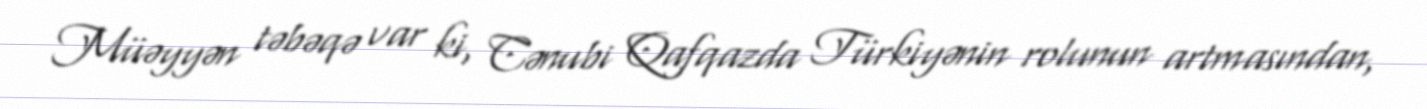
Müəyyən təbəqə var ki, Cənubi Qafqazda Türkiyənin rolunun artmasından,